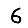
Digit: 6